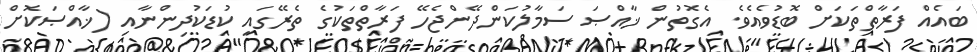
ބައެއް ފަރާތްތަކަށް ބޮޑުވެއެވެ. އެގޮތުން ޚާއްޞަ ސަމާލުކަންދޭންޖެހޭ ފަރާތްތަކުގެ ތެރޭގައި ކުޑަކުދިންނާއި (ޚާއްޞަކޮށް